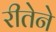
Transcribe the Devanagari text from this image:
रीतेने